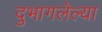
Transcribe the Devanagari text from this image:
दुभागलेल्या